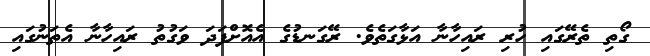
ގޯތި ތެރޭގައި ހުރި ރައިހާނާ އަޅާގަތެވެ. ރޭގަނޑުގެ އެއޮށްފަދަ ވަގުތު ރައިހާނާ އެތަނުގައި